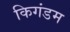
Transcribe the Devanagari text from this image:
किगंडम